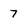
Character: 7